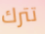
تترك